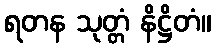
ရတန သုတ္တံ နိဋ္ဌိတံ။